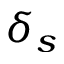
\delta _ { s }